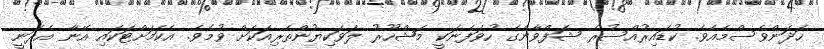
ހަދަންވެސްމެއެވެ. ކުޑައިރުއްސުރެ ޝަފްވާންގެ ހުވަފެނަކީ މަޝްހޫރު ލަވަކިޔުންތެރިއަކަށް ވުމެވެ. އެކަމަށްޓަކައި އޭނާ އެދަނީ